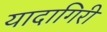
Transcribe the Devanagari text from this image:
यादागिरी